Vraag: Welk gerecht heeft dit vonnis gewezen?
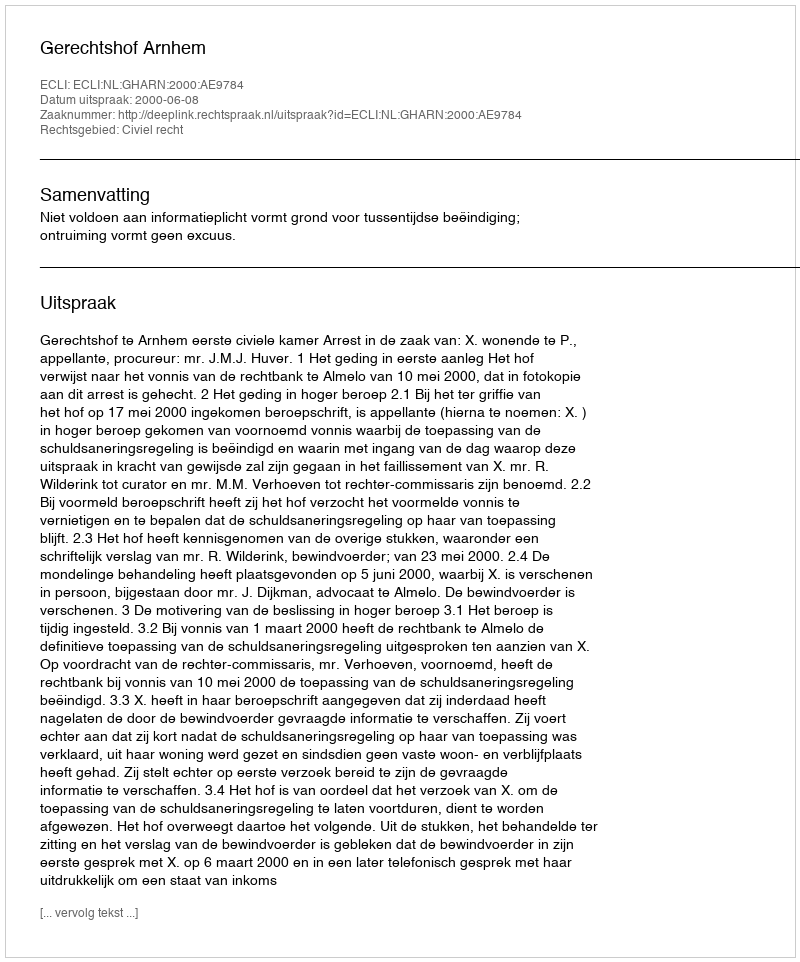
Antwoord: Gerechtshof Arnhem